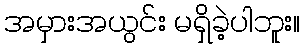
အမှားအယွင်း မရှိခဲ့ပါဘူး။